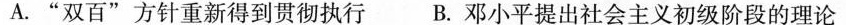
A."双百“方针重新得到贯彻执行 B.邓小平提出社会主义初级阶段的理论